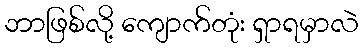
ဘာဖြစ်လို့ ကျောက်တုံး ရှာရမှာလဲ